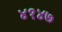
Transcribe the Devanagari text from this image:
४१४७